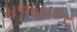
સલાહાકર